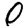
Digit: 0